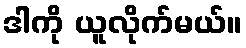
ဒါကို ယူလိုက်မယ်။